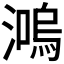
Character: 𤀙